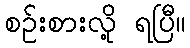
စဉ်းစားလို့ ရပြီ။